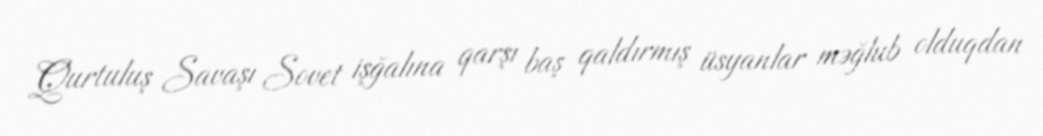
Qurtuluş Savaşı Sovet işğalına qarşı baş qaldırmış üsyanlar məğlub olduqdan